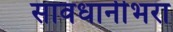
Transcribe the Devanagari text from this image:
सावधानीभरा